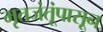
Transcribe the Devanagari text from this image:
मृतजंतूंपासून